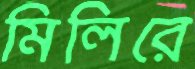
মিলিরে